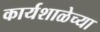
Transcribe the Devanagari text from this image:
कार्यशाळेच्या